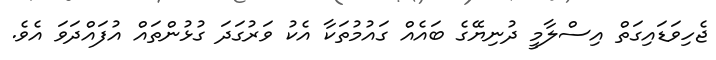
ޖެހިވަޑައިގަތް އިސްލާމީ ދުނިޔޭގެ ބައެއް ގައުމުތަކާ އެކު ވަރުގަދަ ގުޅުންތައް އުފައްދަވަ އެވެ.